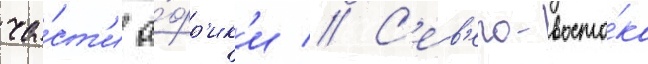
ча́ст'и а́фр'ик'и // С'ев'еро-восто́ка